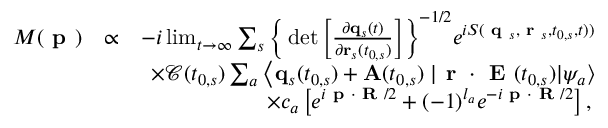
\begin{array} { r l r } { M ( \textbf { p } ) } & { \propto } & { - i \operatorname* { l i m } _ { t \rightarrow \infty } \sum _ { s } \bigg \{ \operatorname* { d e t } \bigg [ \frac { \partial \mathbf { q } _ { s } ( t ) } { \partial \mathbf { r } _ { s } ( t _ { 0 , s } ) } \bigg ] \bigg \} ^ { - 1 / 2 } e ^ { i S ( \textbf { q } _ { s } , \textbf { r } _ { s } , t _ { 0 , s } , t ) ) } } \\ & { } & { \times \mathcal { C } ( t _ { 0 , s } ) \sum _ { a } \left\langle \mathbf { q } _ { s } ( t _ { 0 , s } ) + \mathbf { A } ( t _ { 0 , s } ) \right. | \textbf { r } \cdot \textbf { E } ( t _ { 0 , s } ) | \psi _ { a } \rangle } \\ & { } & { \times { c _ { a } } \left[ e ^ { i \textbf { p } \cdot \textbf { R } / 2 } + ( - 1 ) ^ { l _ { a } } e ^ { - i \textbf { p } \cdot \textbf { R } / 2 } \right] , \, } \end{array}